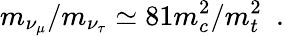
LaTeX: m_{\nu_{\mu}}/m_{\nu_{\tau}}\simeq 81m_{c}^{2}/m_{t}^{2}~~.